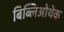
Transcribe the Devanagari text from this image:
बिब्लिओथेक